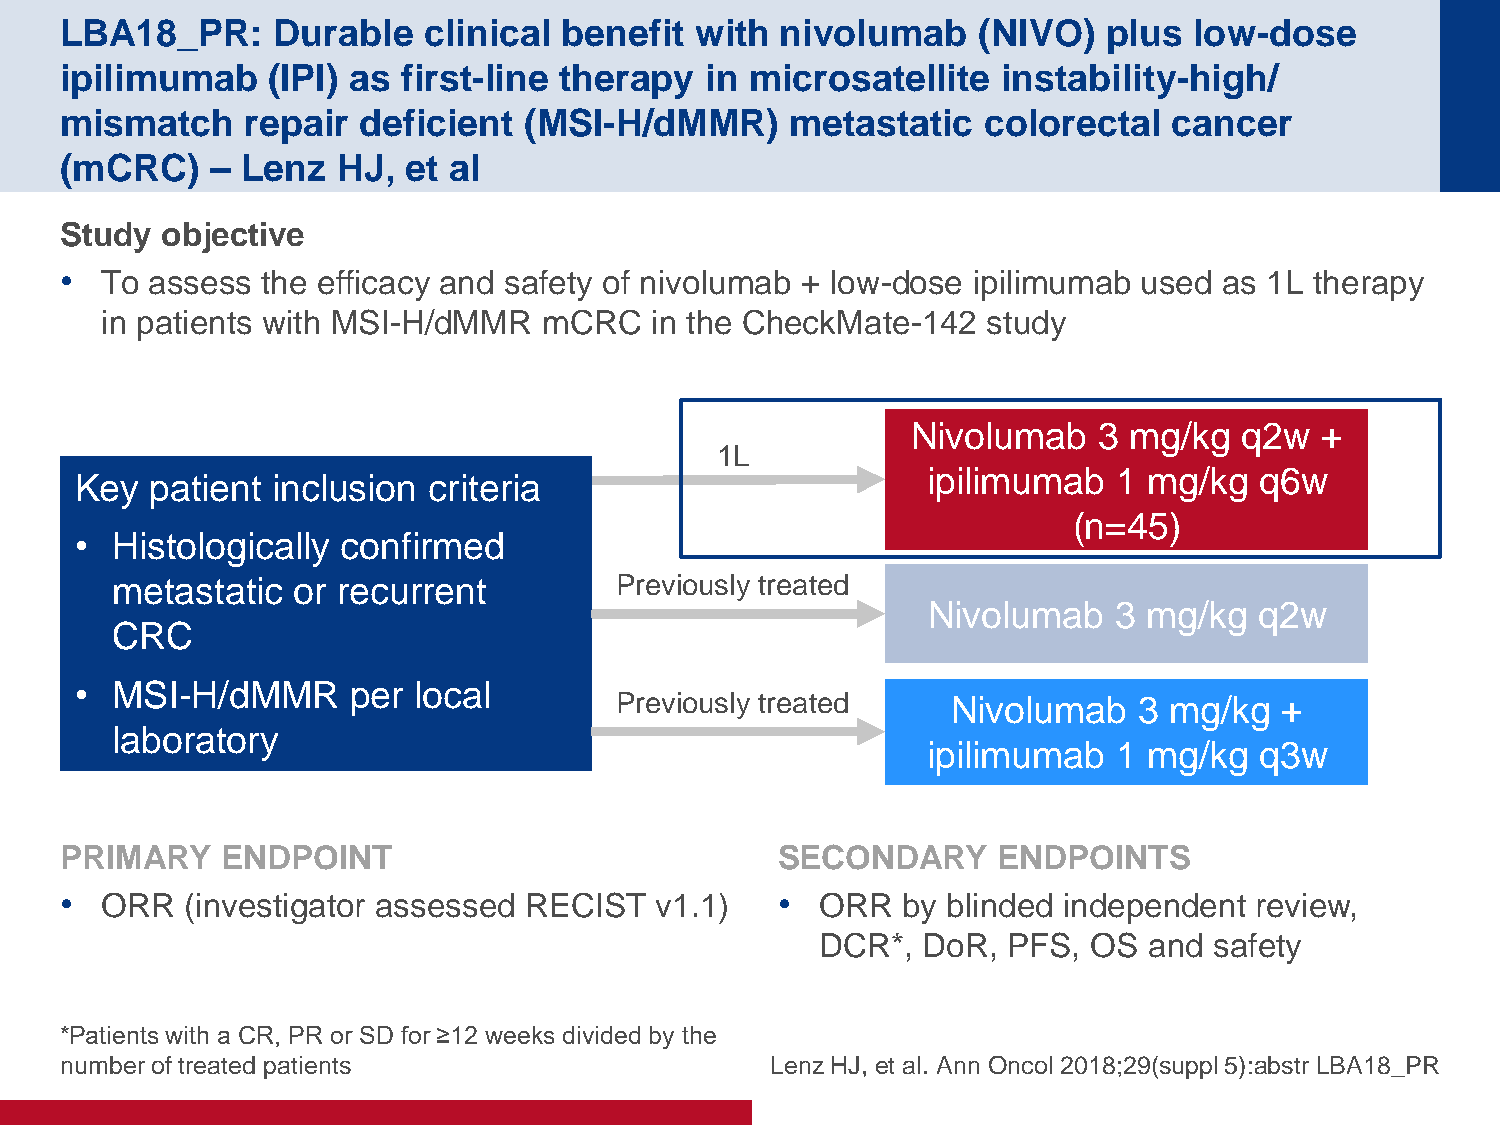
LBA18_PR:     Durable   clinical benefit  with  nivolumab    (NIVO)  plus  low-dose
 ipilimumab    (IPI) as first-line therapy  in microsatellite  instability-high/
 mismatch    repair  deficient  (MSI-H/dMMR)     metastatic   colorectal   cancer
 (mCRC)    – Lenz  HJ,  et al
 Study  objective
 •  To assess the efficacy and safety of nivolumab + low-dose ipilimumab used as 1L therapy
 in patients with MSI-H/dMMR  mCRC   in the CheckMate-142  study
 Nivolumab    3 mg/kg  q2w  +
 1L
 ipilimumab   1 mg/kg  q6w
 Key  patient inclusion criteria
 (n=45)
 • Histologically  confirmed
 metastatic  or recurrent          Previously treated
 Nivolumab    3 mg/kg  q2w
 CRC
 • MSI-H/dMMR      per local
 Previously treated    Nivolumab   3 mg/kg   +
 laboratory
 ipilimumab   1 mg/kg  q3w
 PRIMARY    ENDPOINT                            SECONDARY      ENDPOINTS
 •  ORR  (investigator assessed RECIST  v1.1)   •  ORR   by blinded independent review,
 DCR*,  DoR,  PFS, OS  and safety
 *Patients with a CR, PR or SD for ≥12 weeks divided by the
 number of treated patients                     Lenz HJ, et al. Ann Oncol 2018;29(suppl 5):abstr LBA18_PR